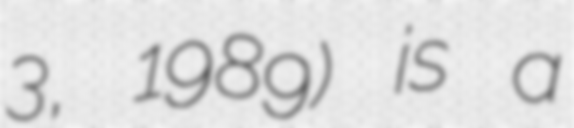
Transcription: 3, 1989) is a